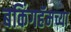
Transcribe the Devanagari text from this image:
बकिंगहॅमच्या